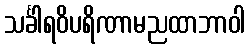
သင်္ခါရဝိပရိဏာမညထာဘာဝါ